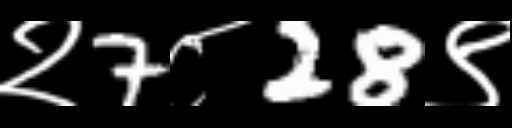
Text: २7८28९